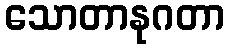
သောတာနုဂတာ